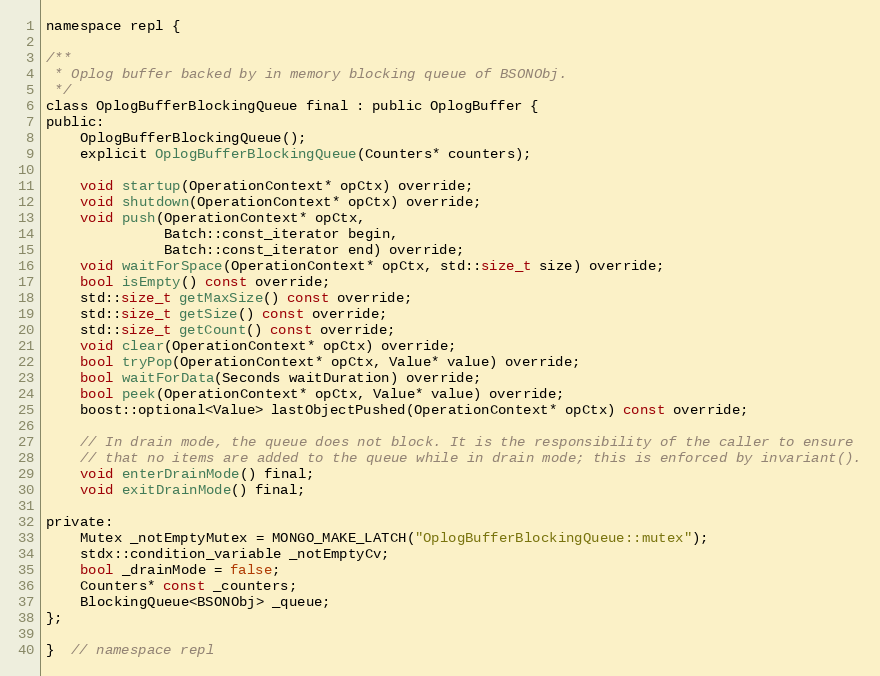
Language: C
namespace repl {

/**
 * Oplog buffer backed by in memory blocking queue of BSONObj.
 */
class OplogBufferBlockingQueue final : public OplogBuffer {
public:
    OplogBufferBlockingQueue();
    explicit OplogBufferBlockingQueue(Counters* counters);

    void startup(OperationContext* opCtx) override;
    void shutdown(OperationContext* opCtx) override;
    void push(OperationContext* opCtx,
              Batch::const_iterator begin,
              Batch::const_iterator end) override;
    void waitForSpace(OperationContext* opCtx, std::size_t size) override;
    bool isEmpty() const override;
    std::size_t getMaxSize() const override;
    std::size_t getSize() const override;
    std::size_t getCount() const override;
    void clear(OperationContext* opCtx) override;
    bool tryPop(OperationContext* opCtx, Value* value) override;
    bool waitForData(Seconds waitDuration) override;
    bool peek(OperationContext* opCtx, Value* value) override;
    boost::optional<Value> lastObjectPushed(OperationContext* opCtx) const override;

    // In drain mode, the queue does not block. It is the responsibility of the caller to ensure
    // that no items are added to the queue while in drain mode; this is enforced by invariant().
    void enterDrainMode() final;
    void exitDrainMode() final;

private:
    Mutex _notEmptyMutex = MONGO_MAKE_LATCH("OplogBufferBlockingQueue::mutex");
    stdx::condition_variable _notEmptyCv;
    bool _drainMode = false;
    Counters* const _counters;
    BlockingQueue<BSONObj> _queue;
};

}  // namespace repl